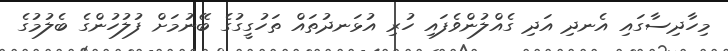
މިހާދިސާގައި އެނދި އަދި ގެއްލުންވެފައި ހުރި އުޅަނދުތައް ތަހުގީގުގެ ބޭނުމަށް ފުލުހުންގެ ބެލުމުގެ